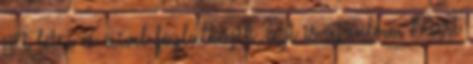
jött létre és mivel foglalkozik, azt is ajánlom. Mert